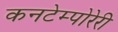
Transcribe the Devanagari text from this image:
कनटेम्पोरेरी